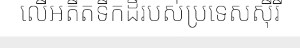
លើអតីតទឹកដីរបស់ប្រទេសស៊ីរី